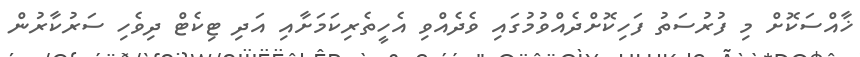
ޚާއްސަކޮށް މި ފުރުސަތު ފަހިކޮށްދެއްވުމުގައި ވެދެއްވި އެހީތެރިކަމަށާއި އަދި ޓިކެޓް ދިވެހި ސަރުކާރުން